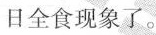
日全食现象了。